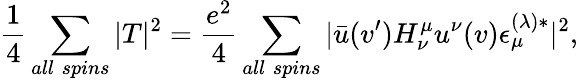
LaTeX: {\frac{1}{4}}\sum_{all\; spins}|T|^{2}={\frac{e^{2}}{4}}\sum_{all\; spins}|\bar{u}(v^{\prime})H_{\nu}^{\mu}u^{\nu}(v)\epsilon_{\mu}^{(\lambda)*}|^{2},